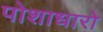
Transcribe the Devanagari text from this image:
पोशाधारो